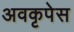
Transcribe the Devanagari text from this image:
अवकृपेस